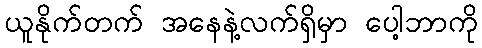
ယူနိုက်တက် အနေနဲ့လက်ရှိမှာ ပေါ့ဘာကို